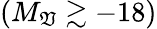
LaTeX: (M_{\mathfrak{V}}\gtrsim-18)